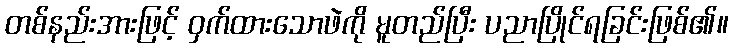
တစ်နည်းအားဖြင့် ဝှက်ထားသောဖဲကို မူတည်ပြီး ပညာပြိုင်ရခြင်းဖြစ်၏။